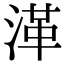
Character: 㴖